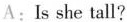
A:Is she tall?